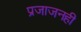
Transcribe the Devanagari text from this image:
प्रजाजनही